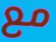
مع